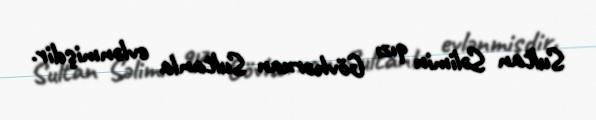
Sultan Səlimin qızı Gövhərxan Sultanla evlənmişdir.